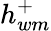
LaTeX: h_{wm}^{+}